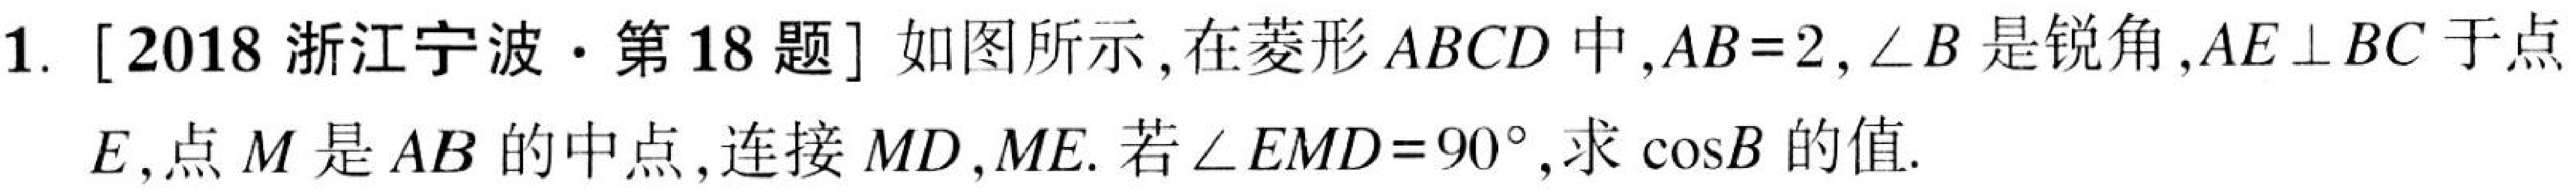
1. [2018浙江宁波·第18题] 如图所示,在菱形\(ABCD\)中,\(AB = 2\),\(\angle B\)是锐角,\(AE\perp BC\)于点\(E\),点\(M\)是\(AB\)的中点,连接\(MD\),\(ME\).若\(\angle EMD = 90^{\circ}\),求\(\cos B\)的值.